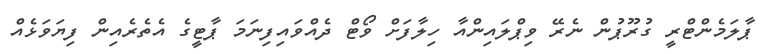
ޕާލަމެންޓްރީ ގުރޫޕުން ނެރޭ ވިޕްލައިންއާ ހިލާފަށް ވޯޓް ދެއްވައިފިނަމަ ޕާޓީގެ އެތެރެއިން ފިޔަވަޅެއް